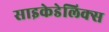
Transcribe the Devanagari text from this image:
साइकेडेलिक्स